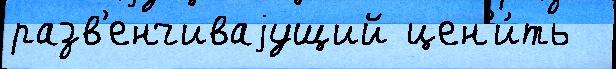
разв'енчиваjущий цен'и́ть